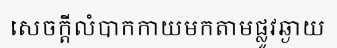
សេចក្តីលំបាកកាយមកតាមផ្លូវឆ្ងាយ